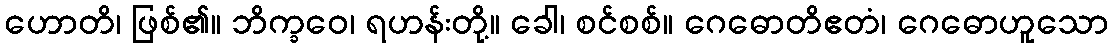
ဟောတိ၊ ဖြစ်၏။ ဘိက္ခဝေ၊ ရဟန်းတို့။ ခေါ၊ စင်စစ်။ ဂေဓောတိဧတံ၊ ဂေဓောဟူသော